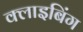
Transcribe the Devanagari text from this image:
क्लाइबिंग